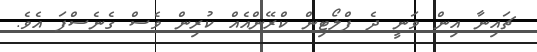
ޗައިނާ އިން ވަނީ ދެ ފްލޯޓިން ކްރޭންއެއް ކުރިން ވެސް ގެނެސްފަ އެވެ.